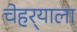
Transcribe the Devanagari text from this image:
चेहर्‍याला